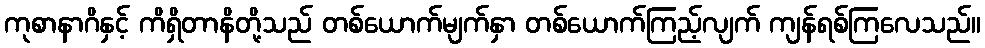
ကုစာနာဂိနှင့် ကိရှိတာနိတို့သည် တစ်ယောက်မျက်နှာ တစ်ယောက်ကြည့်လျက် ကျန်ရစ်ကြလေသည်။